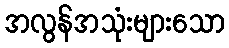
အလွန်အသုံးများသော